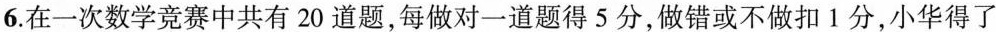
6.在一次数学竞赛中共有20道题，每做对一道题得5分，做错或不做扣1分，小华得了